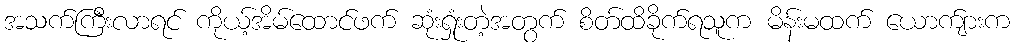
အသက်ကြီးလာရင် ကိုယ့်အိမ်ထောင်ဖက် ဆုံးရှုံးတဲ့အတွက် စိတ်ထိခိုက်ရသူက မိန်းမထက် ယောက်ျားက